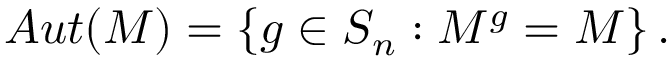
A u t ( M ) = \left\{ g \in S _ { n } : M ^ { g } = M \right\} .